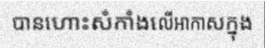
បានហោះសំកាំងលើអាកាសក្នុង